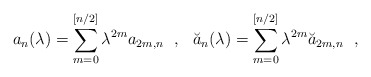
\begin{align*}a_n(\lambda)=\sum_{m=0}^{[n/2]}\lambda^{2m}a_{2m,n}~~,~~\breve{a}_n(\lambda)=\sum_{m=0}^{[n/2]}\lambda^{2m}\breve{a}_{2m,n}~~,\end{align*}